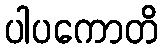
ပါပကောတိ